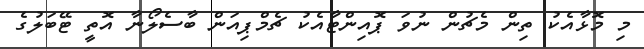
މި މޮޅާއެކު ތިން މެޗުން ނުވަ ޕޮއިންޓާއެކު ޗެމްޕިއަން ބާސެލޯނާ އޮތީ ޓޭބަލުގެ